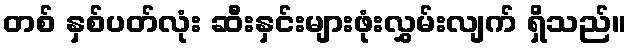
တစ် နှစ်ပတ်လုံး ဆီးနှင်းများဖုံးလွှမ်းလျက် ရှိသည်။